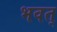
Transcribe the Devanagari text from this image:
भवत्